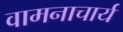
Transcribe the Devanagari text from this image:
वामनाचार्य